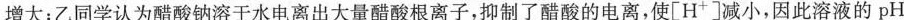
增大；乙同学认为醋酸钠溶于水电离出大量醋酸根离子，抑制了醋酸的电离，使[H+]减小，因此溶液的pH